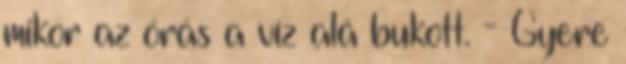
mikor az órás a víz alá bukott. - Gyere